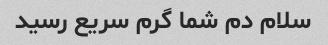
سلام دم شما گرم سریع رسید